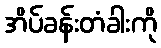
အိပ်ခန်းတံခါးကို